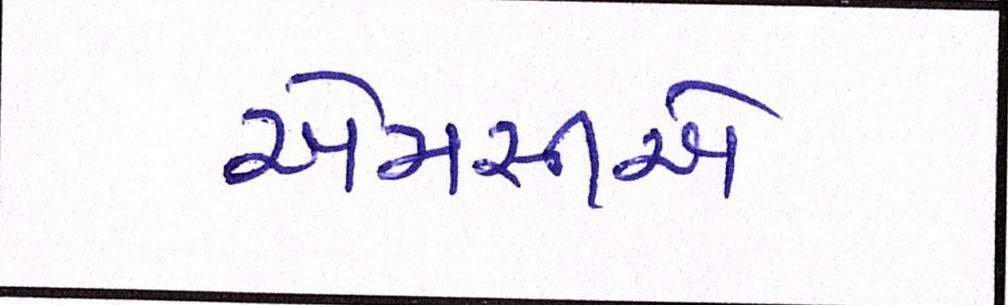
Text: એમસીએ